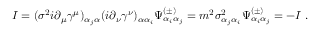
I = ( \sigma ^ { 2 } i \partial _ { \mu } \gamma ^ { \mu } ) _ { \alpha _ { j } \alpha } ( i \partial _ { \nu } \gamma ^ { \nu } ) _ { \alpha \alpha _ { i } } \Psi _ { \alpha _ { i } \alpha _ { j } } ^ { ( \pm ) } = m ^ { 2 } \sigma _ { \alpha _ { j } \alpha _ { i } } ^ { 2 } \Psi _ { \alpha _ { i } \alpha _ { j } } ^ { ( \pm ) } = - I \; .